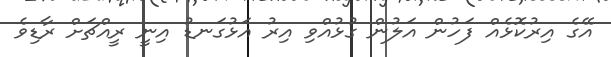
އޭގެ އިރުކޮޅެއް ފަހުން އަލުން ގުޅުއްވި އިރު އަޅުގަނޑު އިނީ ރީއްޗަށް ރާޑިވެ